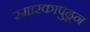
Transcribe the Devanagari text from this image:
स्मारकापुढून